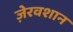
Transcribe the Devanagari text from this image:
ज़ेरवशान